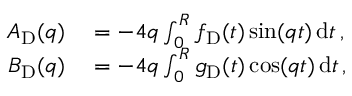
\begin{array} { r l } { A _ { \mathrm { D } } ( q ) } & { { } = - 4 q \int _ { 0 } ^ { R } f _ { \mathrm { D } } ( t ) \sin ( q t ) \, \mathrm { d } t \, , } \\ { B _ { \mathrm { D } } ( q ) } & { { } = - 4 q \int _ { 0 } ^ { R } g _ { \mathrm { D } } ( t ) \cos ( q t ) \, \mathrm { d } t \, , } \end{array}